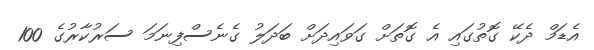
އެޑަމް ދެކޭ ގޮތުގައި އެ ގޮތަށް ގަވައިދަށް ބަދަލު ގެނެސްފިނަމަ ސަރުކާރުގެ 100